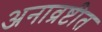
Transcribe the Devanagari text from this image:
अनाव्रष्टीत